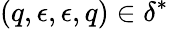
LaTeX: (q,\epsilon,\epsilon,q)\in\delta^{*}